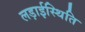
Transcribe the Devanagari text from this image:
लड़ाईस्थिति